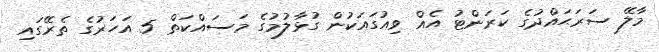
މާލޭ ސަރަޙައްދުގެ ކަރަންޓު އެއް ވިއުގައަކުން ގުޅާލުމުގެ މަސައްކަތް 5 އަހަރުގެ ތެރޭގައި